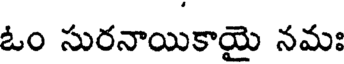
ఓం సురనాయికాయై నమః